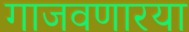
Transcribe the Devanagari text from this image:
गाजवणारया